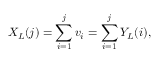
X _ { L } ( j ) = \sum _ { i = 1 } ^ { j } v _ { i } = \sum _ { i = 1 } ^ { j } Y _ { L } ( i ) ,